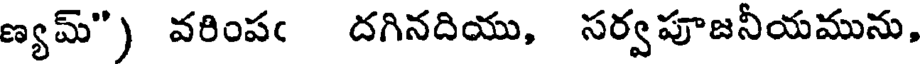
ణ్యమ్") వరింపఁ దగినదియు, సర్వపూజనీయమును,